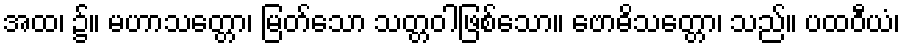
အထ၊ ၌။ မဟာသတ္တော၊ မြတ်သော သတ္တဝါဖြစ်သော။ ဗောဓိသတ္တော၊ သည်။ ပထဝီယံ၊